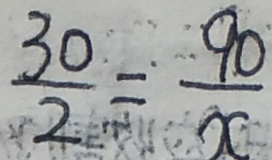
\frac { 3 0 } { 2 } = \frac { 9 0 } { x }